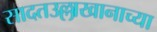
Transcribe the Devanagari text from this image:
सादतउल्लाखानाच्या